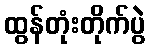
ထွန်တုံးတိုက်ပွဲ